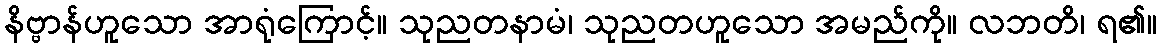
နိဗ္ဗာန်ဟူသော အာရုံကြောင့်။ သုညတနာမံ၊ သုညတဟူသော အမည်ကို။ လဘတိ၊ ရ၏။